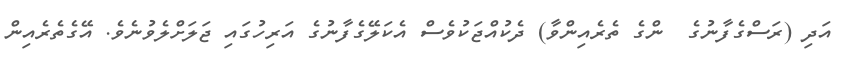
އަދި (ރަސްގެފާނުގެ  ންގެ ތެރެއިންވާ) ދެކުއްޖަކުވެސް އެކަލޭގެފާނުގެ އަރިހުގައި ޖަލަށްލެވުނެވެ. އޭގެތެރެއިން